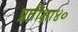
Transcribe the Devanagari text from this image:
प्रतीक्षा४०